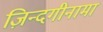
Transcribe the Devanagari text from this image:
ज़िन्दगीनामा